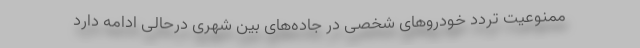
ممنوعیت تردد خودروهای شخصی در جاده‌های بین شهری درحالی ادامه دارد